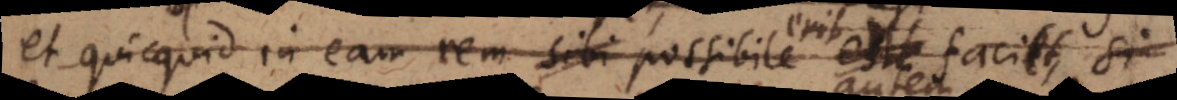
et quicquid in eam rem sibi possibile est facit, erit